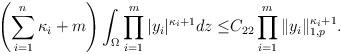
LaTeX: \begin{align*} \left(\sum_{i = 1}^{n}\kappa_i + m\right)\int_{\Omega}\prod_{i = 1}^{m}\vert y_i\vert^{\kappa_i + 1}dz\leq &C_{22} \prod_{i = 1}^{m} \|y_i\|_{1, p}^{\kappa_i + 1}. \end{align*}